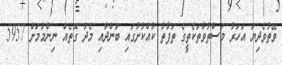
ވޭތުވެދިޔަ އަހަރު މަސްތުވާތަކެތީގެ ތަފާތު ކުއްކުށުގައި ބަންދާއި މެދު ގޮތެއް ނިންމުމަށް 5957